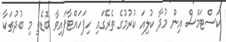
ކަސްޓަމްސް އިން މުދާ ކުލިއަ ކުރުމުގެ ތެރޭގައި ހިފަހައްޓާފައިވާ ބޮޑެތި މި ބުދުތަކާ